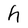
Character: h